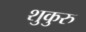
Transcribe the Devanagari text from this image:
शुकुरु